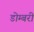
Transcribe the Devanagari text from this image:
डोम्‍बरी